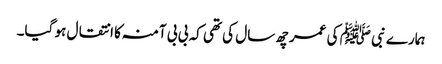
ہمارے نبی ﷺ کی عمر چھ سال کی تھی کہ بی بی آمنہ کا انتقال ہو گیا۔